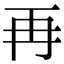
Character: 再